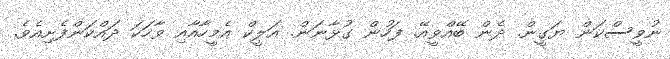
ނުވީސްކަން ޔަގީން. ދެން ބޭއްވީއޭ. ފަހުން ގުޅާނަން. އަލީކް އެމީހާއާއި ވާހަކަ ދައްކަންފެށިއެވެ.